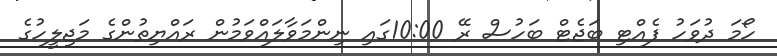
ހޯމަ ދުވަހު ފެއްޓި ބަޖެޓް ބަހުސް ރޭ 10:00ގައި ނިންމަވާލައްވަމުން ރައްޔިތުންގެ މަޖިލީހުގެ